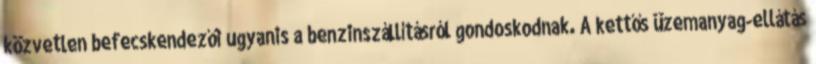
közvetlen befecskendezői ugyanis a benzinszállításról gondoskodnak. A kettős üzemanyag-ellátás